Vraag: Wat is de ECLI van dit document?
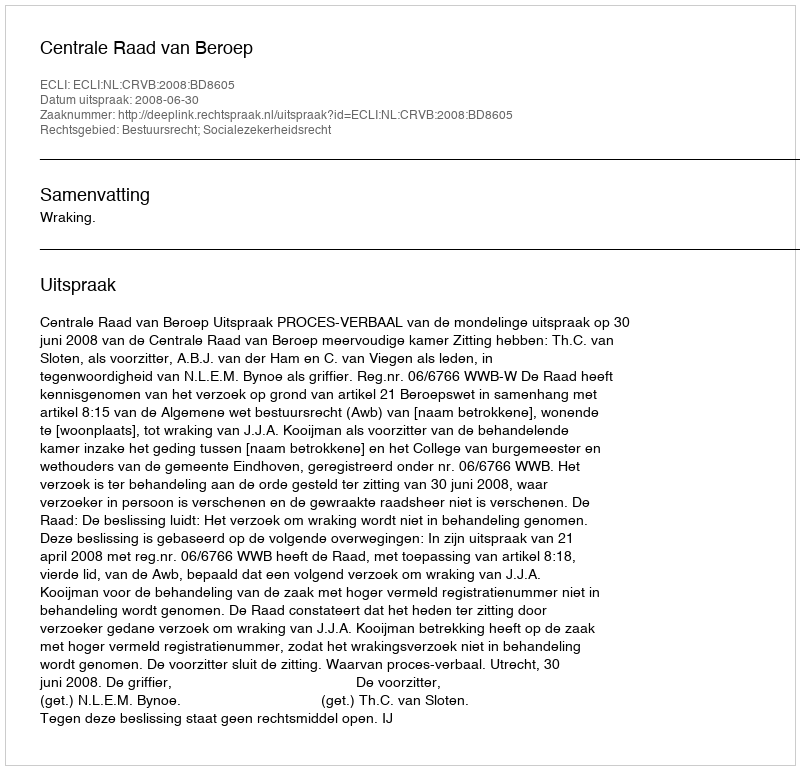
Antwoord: ECLI:NL:CRVB:2008:BD8605